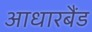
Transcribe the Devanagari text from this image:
आधारबैंड